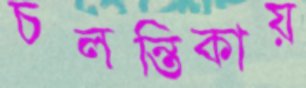
চলন্তিকায়